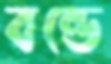
বন্ডে